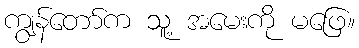
ကျွန်တော်က သူ့ အမေးကို မဖြေ။